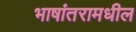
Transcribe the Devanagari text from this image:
भाषांतरामधील